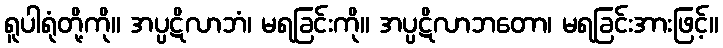
ရူပါရုံတို့ကို။ အပ္ပဋိလာဘံ၊ မရခြင်းကို။ အပ္ပဋိလာဘတော၊ မရခြင်းအားဖြင့်။